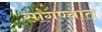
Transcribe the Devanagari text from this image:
सांगण्‍यात